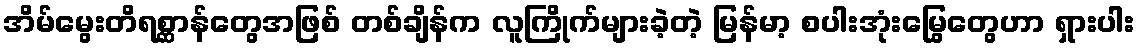
အိမ်မွေးတိရစ္ဆာန်တွေအဖြစ် တစ်ချိန်က လူကြိုက်များခဲ့တဲ့ မြန်မာ့ စပါးအုံးမြွေတွေဟာ ရှားပါး